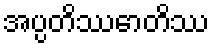
အပ္ပတိဿောတိဿ